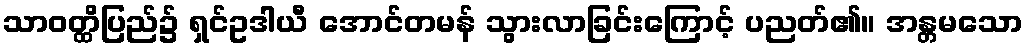
သာဝတ္ထိပြည်၌ ရှင်ဥဒါယီ အောင်တမန် သွားလာခြင်းကြောင့် ပညတ်၏။ အန္တမသော